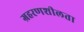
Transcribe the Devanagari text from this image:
ग्रहरणशीलता